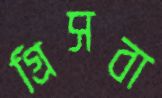
গ্রিসবা